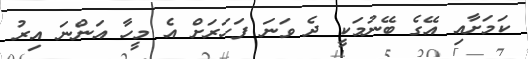
ކަމަށާއި އޭގެ ބޭނުމަކީ ދެ ވަނަ ފަހަރަށް އެ މީހާ އަންނަ އިރު